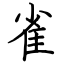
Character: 雀